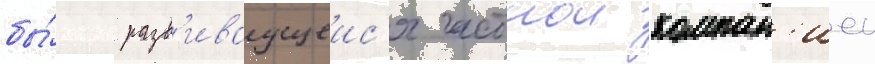
бы́стро разв'иваущеис'я частнои компан'иеи